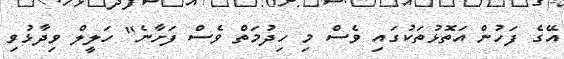
އޭގެ ފަހުން އަތޮޅުތަކުގައި ވެސް މި ހިދުމަތް ވެސް ފަށާނެ" ހަލީލް ވިދާޅުވި